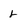
Character: r